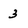
Character: 3